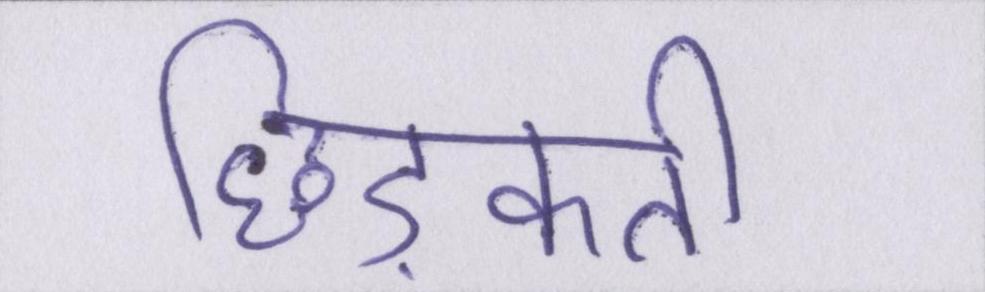
छिड़कती